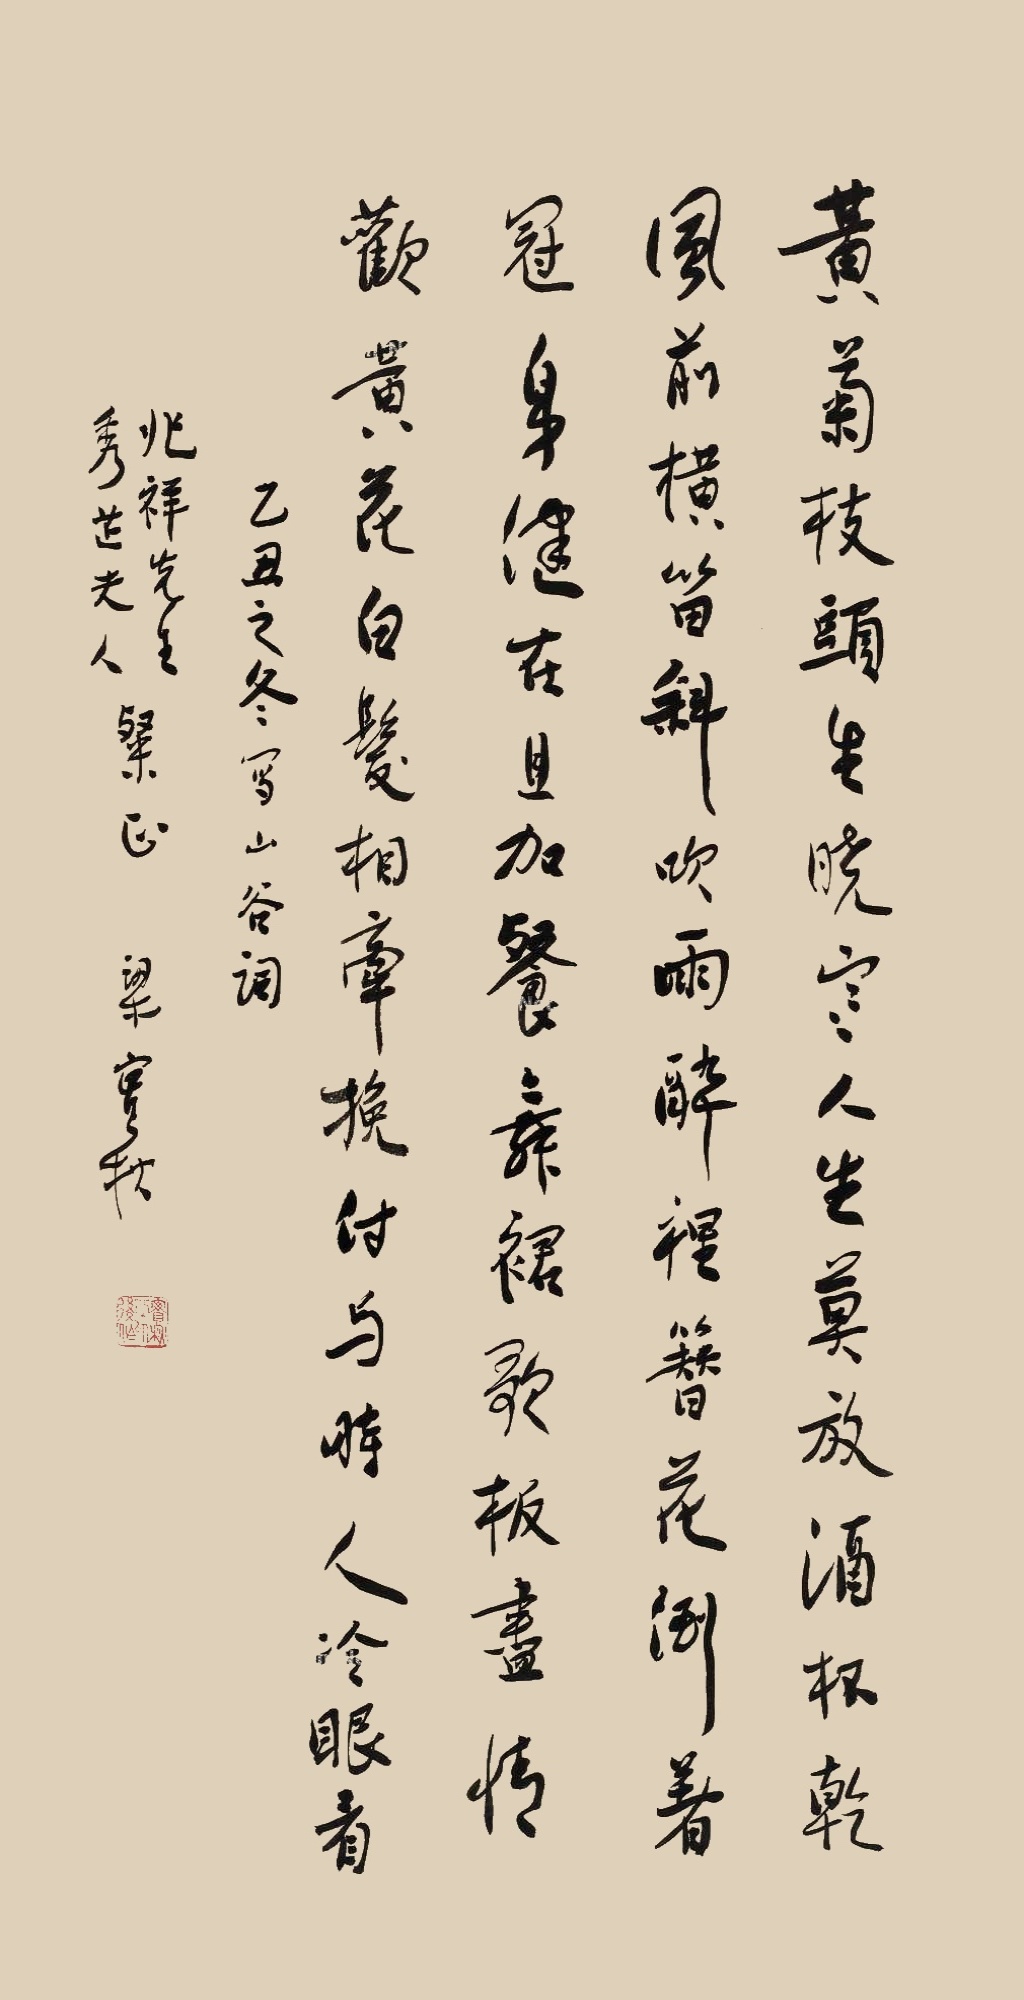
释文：黄菊枝头生晓寒，人生莫放酒杯干。风前横笛斜吹雨，醉里簪花倒着冠。身健在，且加餐，舞裙歌板尽情欢。黄花白发相牵挽，付与时人冷眼看。乙丑之冬写山谷词，兆祥先生、秀芷夫人粲正，梁实秋。